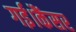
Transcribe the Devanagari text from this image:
गई।कैंसर